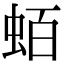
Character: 蛨